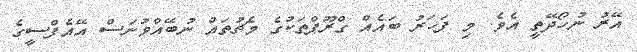
އޭރު ނުހޯދޭތީ އެވެ. މި ފަހަރު ބައެއް ގްރޫޕްތަކުގެ މެޗުތައް ނުބޭއްވުނަސް އޭއެފްސީގެ